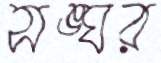
সঙ্ঘর